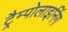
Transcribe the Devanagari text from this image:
ट्रैम्पोलाइनिंग